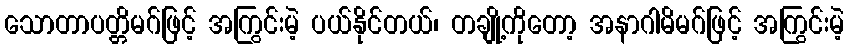
သောတာပတ္တိမဂ်ဖြင့် အကြွင်းမဲ့ ပယ်နိုင်တယ်၊ တချို့ကိုတော့ အနာဂါမိမဂ်ဖြင့် အကြွင်းမဲ့